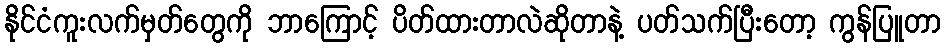
နိုင်ငံကူးလက်မှတ်တွေကို ဘာကြောင့် ပိတ်ထားတာလဲဆိုတာနဲ့ ပတ်သက်ပြီးတော့ ကွန်ပြူတာ